38_143685_box_Incident_Summaries_173-233
Agency: Department of War
Page 62
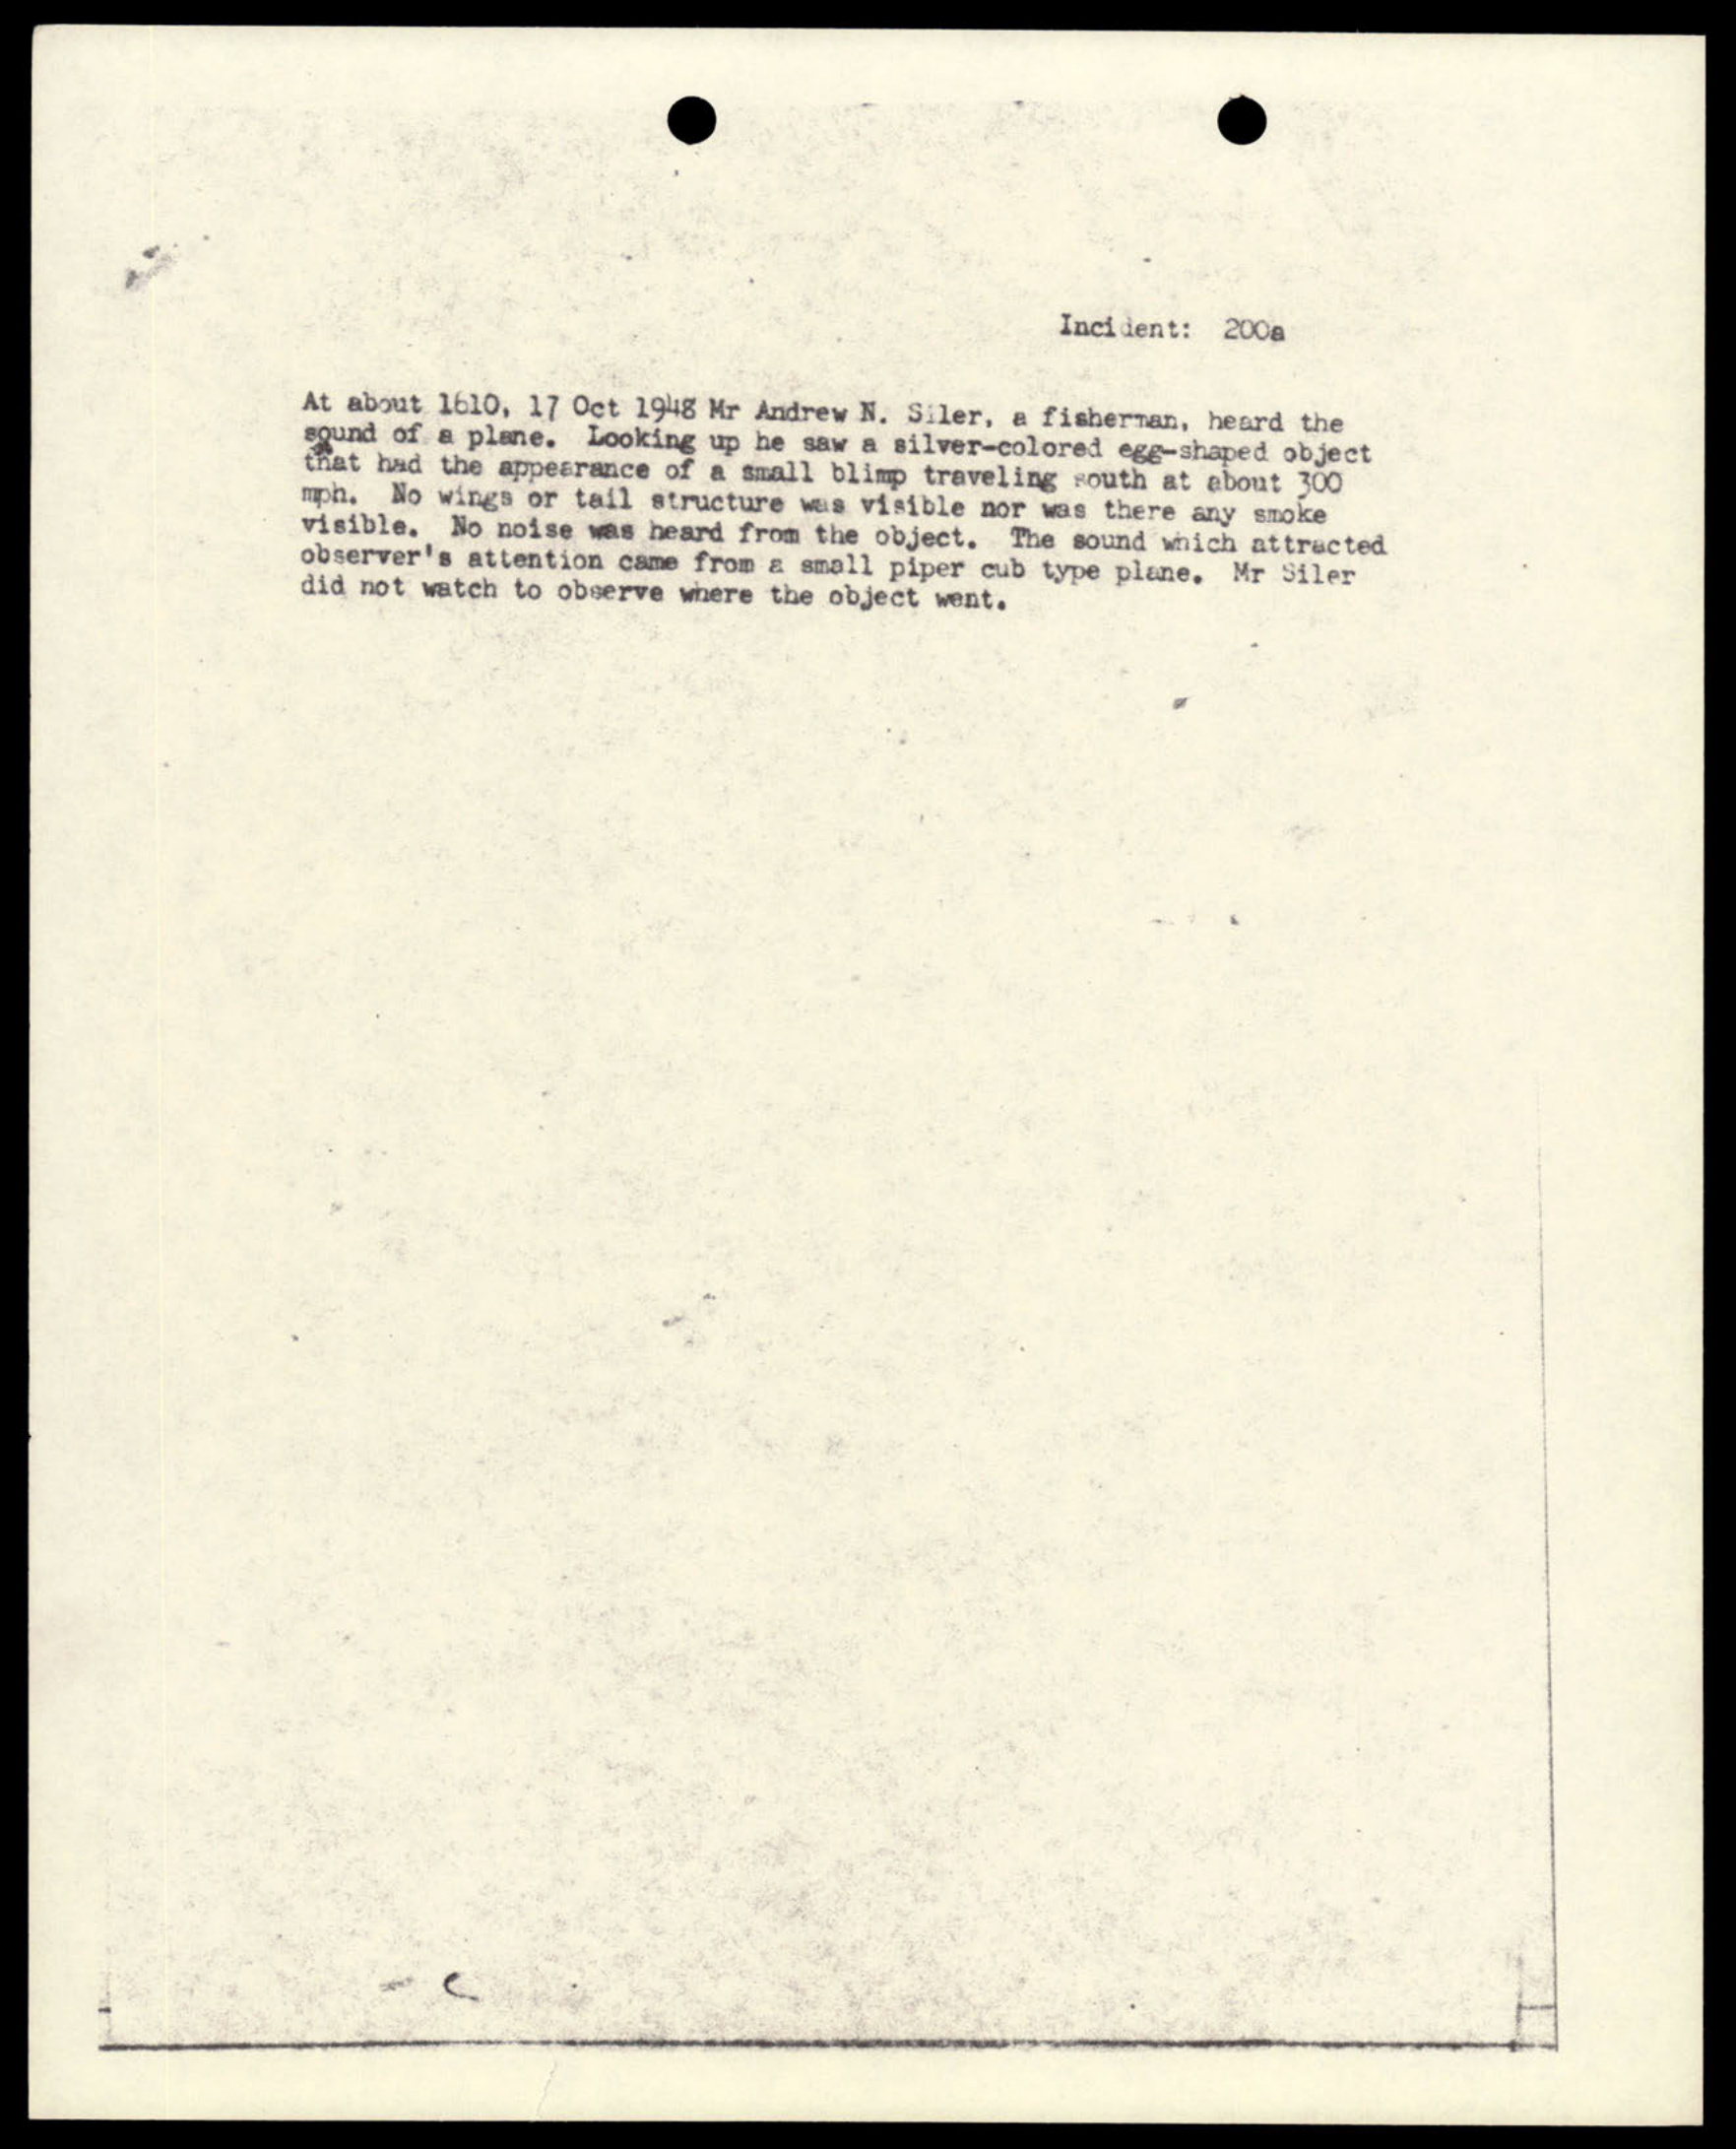